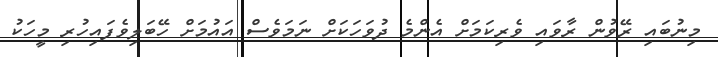
މިނުބައި ރޭވުން ރާވައި ވެރިކަމަށް އެންމެ ދުވަހަކަށް ނަމަވެސް އައުމަށް ހޭބަލިވެފައިހުރި މީހަކު